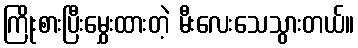
ကြိုးစားပြီးမွှေးထားတဲ့ မီးလေးသေသွားတယ်။